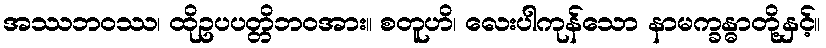
အဿဘဝဿ၊ ထိုဥပပတ္တိဘဝအား။ စတူဟိ၊ လေးပါကုန်သော နာမက္ခန္ဓာတို့နှင့်။